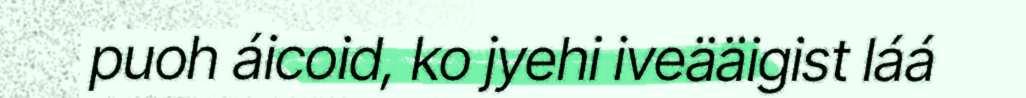
puoh áicoid, ko jyehi iveääigist láá